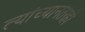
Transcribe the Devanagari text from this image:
त्यांच्यानंतरही